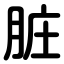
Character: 脏